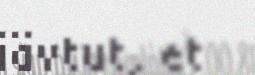
iävtut, et